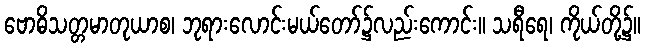
ဗောဓိသတ္တမာတုယာစ၊ ဘုရားလောင်းမယ်တော်၌လည်းကောင်း။ သရီရေ၊ ကိုယ်တို့၌။